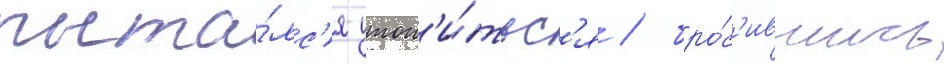
пыта́лс'я утоп'и́тьс'я / бро́с'ившись